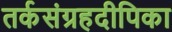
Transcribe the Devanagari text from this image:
तर्कसंग्रहदीपिका